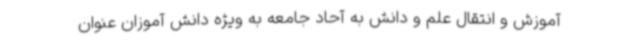
آموزش و انتقال علم و دانش به آحاد جامعه به ویژه دانش آموزان عنوان